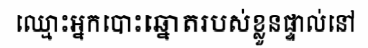
ឈ្មោះអ្នកបោះឆ្នោតរបស់ខ្លួនផ្ទាល់នៅ